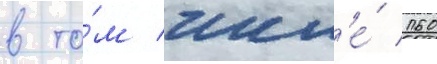
в то́м числ'е́ 160